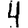
Digit: 4